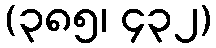
(၃၈၅၊ ၄၃၂)